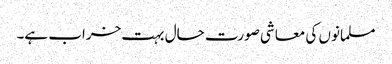
مسلمانوں کی معاشی صورت حال بہت خراب ہے۔